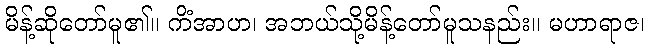
မိန့်ဆိုတော်မူ၏။ ကိံအာဟ၊ အဘယ်သို့မိန့်တော်မူသနည်း။ မဟာရာဇ၊